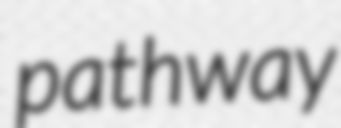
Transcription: pathway